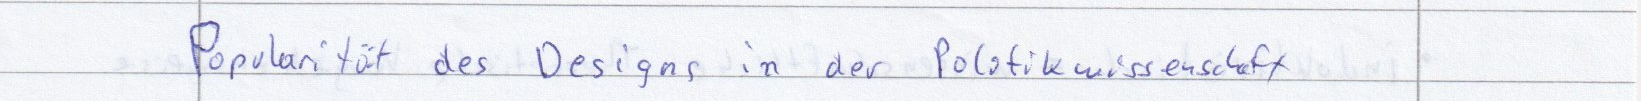
Popularität des Designs in der Politikwissenschaft